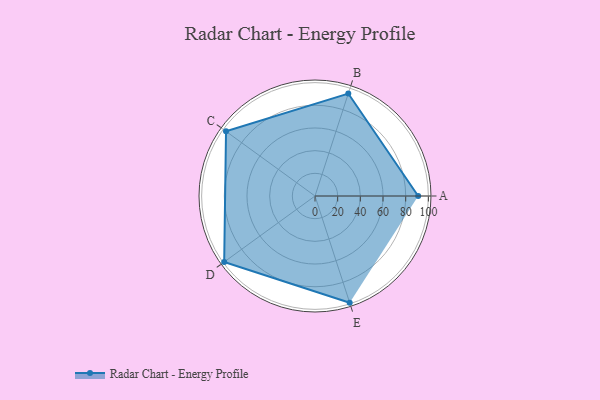
{"axis": {"x": "Skill", "y": "Score"}, "legend": ["Profile"], "data": [{"x": "A", "y": 91.0, "type": "Profile"}, {"x": "B", "y": 95.0, "type": "Profile"}, {"x": "C", "y": 97.0, "type": "Profile"}, {"x": "D", "y": 99, "type": "Profile"}, {"x": "E", "y": 99, "type": "Profile"}]}